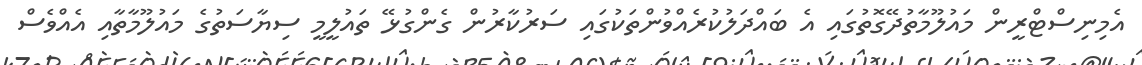
އެމިނިސްޓްރީން މައުލޫމާތުދޭގޮތުގައި އެ ބައްދަލުކުރެއްވުންތަކުގައި ސަރުކާރުން ގެންގުޅޭ ތައުލީމީ ސިޔާސަތުގެ މައުލޫމާތާއި އެއްވެސް